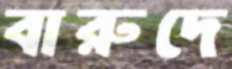
বারুদে